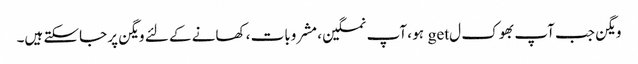
ویگن جب آپ بھوک ل get ہو ، آپ نمکین ، مشروبات ، کھانے کے لئے ویگن پر جاسکتے ہیں۔